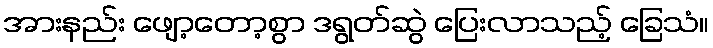
အားနည်း ဖျော့တော့စွာ ဒရွတ်ဆွဲ ပြေးလာသည့် ခြေသံ။